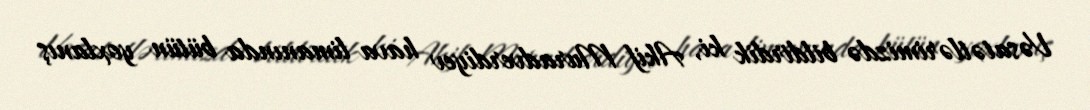
Vəsatətlərimizdə bildirdik ki, Akif Muradverdiyev hava limanında bütün yoxlanış